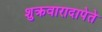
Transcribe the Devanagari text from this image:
शुक्रवारादापेते